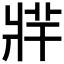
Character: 𤖁